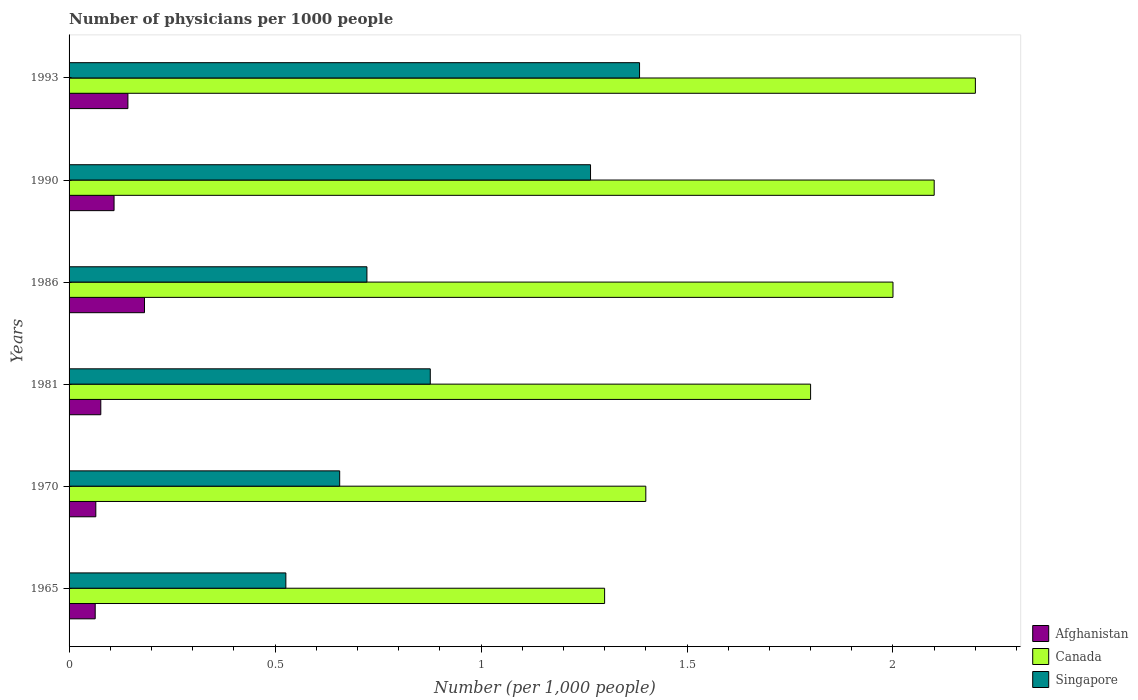
| Years | Afghanistan | Canada | Singapore |
 | --- | --- | --- | --- |
 | 1965 | 0.0634 | 1.3 | 0.526 |
 | 1970 | 0.0649 | 1.4 | 0.657 |
 | 1981 | 0.077 | 1.8 | 0.877 |
 | 1986 | 0.183 | 2 | 0.723 |
 | 1990 | 0.109 | 2.1 | 1.27 |
 | 1993 | 0.143 | 2.2 | 1.38 |